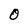
Character: O